Report of the Indian Hemp Drugs Commission, 1894-1895 - Volume I
Year: 1894
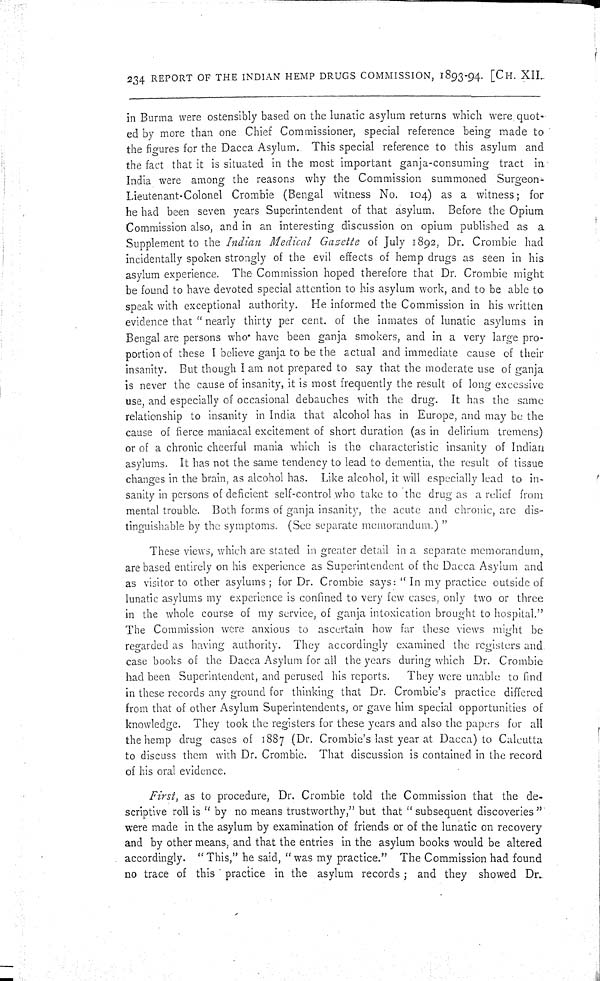
234 REPORT OF THE INDIAN HEMP DRUGS COMMISSION, 1893-94. [CH. XII.
in Burma were ostensibly based on the lunatic asylum returns which were quot-
ed by more than one Chief Commissioner, special reference being made to
the figures for the Dacca Asylum. This special reference to this asylum and
the fact that it is situated in the most important ganja-consuming tract in
India were among the reasons why the Commission summoned Surgeon-
Lieutenant-Colonel Crombie (Bengal witness No. 104) as a witness; for
he had been seven years Superintendent of that asylum. Before the Opium
Commission also, and in an interesting discussion on opium published as a
Supplement to the Indian Medical Gazette of July 1892, Dr. Crombie had
incidentally spoken strongly of the evil effects of hemp drugs as seen in his
asylum experience. The Commission hoped therefore that Dr. Crombie might
be found to have devoted special attention to his asylum work, and to be able to
speak with exceptional authority. He informed the Commission in his written
evidence that "nearly thirty per cent. of the inmates of lunatic asylums in
Bengal are persons who have been ganja smokers, and in a very large pro-
portion of these I believe ganja to be the actual and immediate cause of their
insanity. But though I am not prepared to say that the moderate use of ganja
is never the cause of insanity, it is most frequently the result of long excessive
use, and especially of occasional debauches with the drug. It has the same
relationship to insanity in India that alcohol has in Europe, and may be the
cause of fierce maniacal excitement of short duration (as in delirium tremens)
or of a chronic cheerful mania which is the characteristic insanity of Indian
asylums. It has not the same tendency to lead to dementia, the result of tissue
changes in the brain, as alcohol has. Like alcohol, it will especially lead to in-
sanity in persons of deficient self-control who take to the drug as a relief from
mental trouble. Both forms of ganja insanity, the acute and chronic, are dis-
tinguishable by the symptoms. (See separate memorandum.)"
These views, which are stated in greater detail in a separate memorandum,
are based entirely on his experience as Superintendent of the Dacca Asylum and
as visitor to other asylums; for Dr. Crombie says: "In my practice outside of
lunatic asylums my experience is confined to very few cases, only two or three
in the whole course of my service, of ganja intoxication brought to hospital."
The Commission were anxious to ascertain how far these views might be
regarded as having authority. They accordingly examined the registers and
case books of the Dacca Asylum for all the years during which Dr. Crombie
had been Superintendent, and perused his reports.
They were unable to find
in these records any ground for thinking that Dr. Crombie's practice differed
from that of other Asylum Superintendents, or gave him special opportunities of
knowledge. They took the registers for these years and also the papers for all
the hemp drug cases of 1887 (Dr. Crombie's last year at Dacca) to Calcutta
to discuss them with Dr. Crombie. That discussion is contained in the record
of his oral evidence.
First, as to procedure, Dr. Crombie told the Commission that the de-
scriptive roll is "by no means trustworthy," but that "subsequent discoveries"
were made in the asylum by examination of friends or of the lunatic on recovery
and by other means, and that the entries in the asylum books would be altered
accordingly. "This," he said, "was my practice." The Commission had found
no trace of this practice in the asylum records; and they showed Dr.